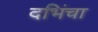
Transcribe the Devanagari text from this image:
दभिंचा